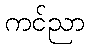
ကင်ညာ